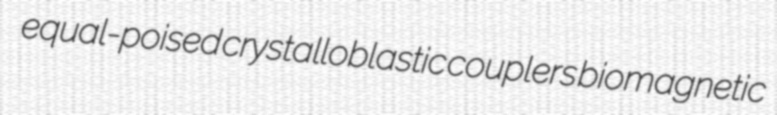
equal-poised crystalloblastic couplers biomagnetic